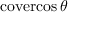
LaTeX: \operatorname { c o v e r c o s } \theta